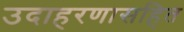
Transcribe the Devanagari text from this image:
उदाहरणासहित